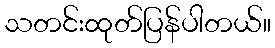
သတင်းထုတ်ပြန်ပါတယ်။